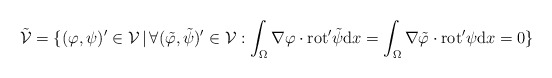
\begin{align*}\tilde{\mathcal{V}} = \{(\varphi, \psi)' \in \mathcal{V} \,|\, \forall (\tilde{\varphi}, \tilde{\psi})' \in \mathcal{V}:\int_{\Omega} \nabla \varphi \cdot \mathrm{rot}' \tilde{\psi} \mathrm{d} x =\int_{\Omega} \nabla \tilde{\varphi} \cdot \mathrm{rot}' \psi \mathrm{d} x = 0 \}\end{align*}